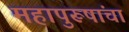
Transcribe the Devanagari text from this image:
महापुरूषांचा